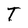
Character: T